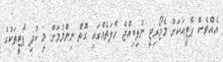
އެއްވެސް ޕާޓީއަކަށް މެޖޯރިޓީ ނުލިބިއްޖެ ހާލަތެއްގައި ގޮތް ނިންމުމަށް މި ކުދި ޕާޓީތަކުގެ